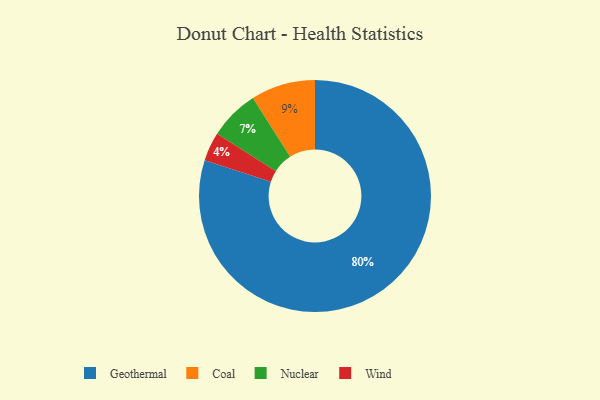
{"axis": {"x": "Category", "y": "Percentage"}, "legend": ["Coal", "Geothermal", "Nuclear", "Wind"], "data": [{"x": "Nuclear", "y": 7, "type": "Nuclear"}, {"x": "Coal", "y": 9, "type": "Coal"}, {"x": "Wind", "y": 4, "type": "Wind"}, {"x": "Geothermal", "y": 80, "type": "Geothermal"}]}